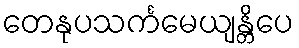
တေနုပသင်္ကမေယျန္တိပေ